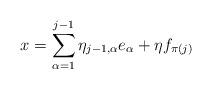
LaTeX: \begin{align*} x = \sum_{\alpha=1}^{j-1} \eta_{j-1, \alpha} e_\alpha + \eta f_{\pi(j)} \end{align*}